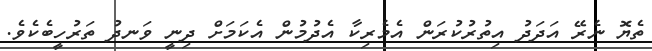
ތެޔޮ ނެރޭ އަދަދު އިތުރުކުރަން އެމެރިކާ އެދުމުން އެކަމަށް ދިނީ ވަނދު ތަރުހީބެކެވެ.